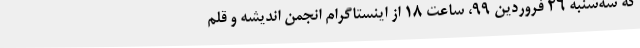
که سه‌شنبه 26 فروردین 99، ساعت 18 از اینستاگرام انجمن اندیشه و قلم